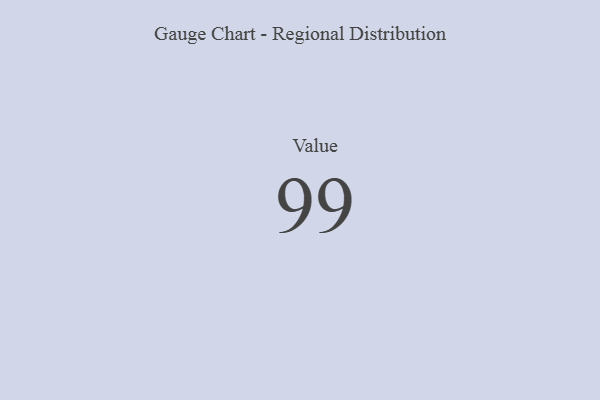
{"axis": {"x": "Metric", "y": "Value"}, "legend": [""], "data": [{"x": "Value", "y": 99, "type": ""}]}